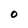
Character: O